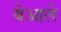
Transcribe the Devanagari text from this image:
बेआले